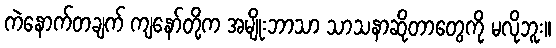
ကဲနောက်တချက် ကျနော်တို့က အမျိုးဘာသာ သာသနာဆိုတာတွေကို မလိုဘူး။